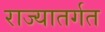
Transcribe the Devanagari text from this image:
राज्यातर्गत